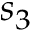
s _ { 3 }